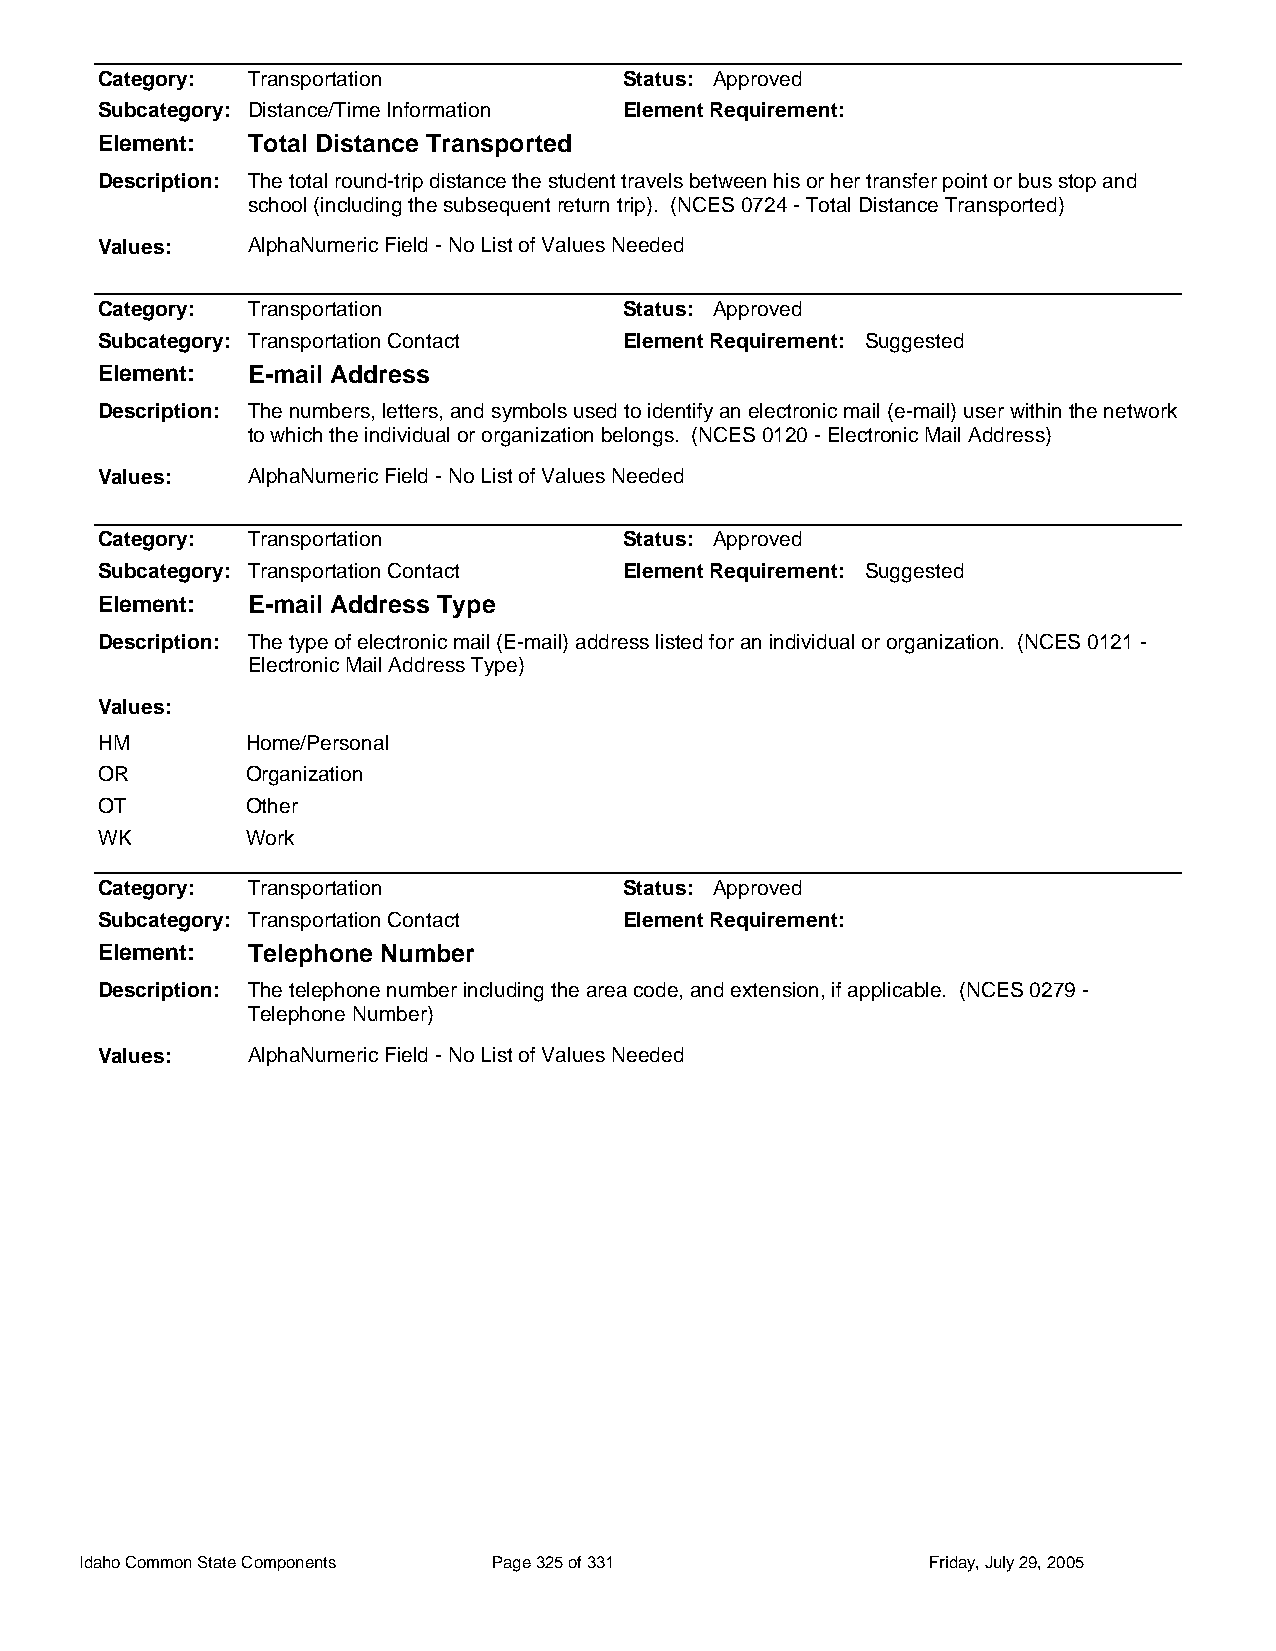
Category: Transportation           Status: Approved
 Subcategory: Distance/Time Information Element Requirement:
 Element:  Total Distance Transported
 Description: The total round-trip distance the student travels between his or her transfer point or bus stop and
 school (including the subsequent return trip). (NCES 0724 - Total Distance Transported)
 Values:   AlphaNumeric Field - No List of Values Needed
 Category: Transportation           Status: Approved
 Subcategory: Transportation Contact Element Requirement: Suggested
 Element:  E-mail Address
 Description: The numbers, letters, and symbols used to identify an electronic mail (e-mail) user within the network
 to which the individual or organization belongs. (NCES 0120 - Electronic Mail Address)
 Values:   AlphaNumeric Field - No List of Values Needed
 Category: Transportation           Status: Approved
 Subcategory: Transportation Contact Element Requirement: Suggested
 Element:  E-mail Address Type
 Description: The type of electronic mail (E-mail) address listed for an individual or organization. (NCES 0121 -
 Electronic Mail Address Type)
 Values:
 HM        Home/Personal
 OR        Organization
 OT        Other
 WK        Work
 Category: Transportation           Status: Approved
 Subcategory: Transportation Contact Element Requirement:
 Element:  Telephone Number
 Description: The telephone number including the area code, and extension, if applicable. (NCES 0279 -
 Telephone Number)
 Values:   AlphaNumeric Field - No List of Values Needed
 Idaho Common State Components Page 325 of 331           Friday, July 29, 2005